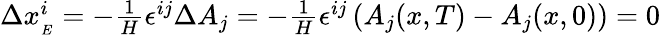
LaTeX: \begin{array}{r}{\Delta x_{_{E}}^{i}=-\frac 1{H}\epsilon^{ij}\Delta A_{j}=-\frac 1{H}\epsilon^{ij}\left(A_{j}(x,T)-A_{j}(x,0)\right)=0}\end{array}